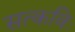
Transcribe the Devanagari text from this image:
सत्कविः